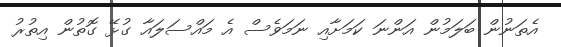
އެތަނުން ބަލަމުން އަންނަ ކަމަށާއި ނަމަވެސް އެ މައްސަލައާ ގުޅޭ ގޮތުން އިތުރު